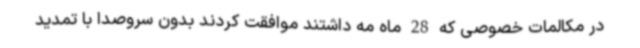
در مکالمات خصوصی که 28 ماه مه داشتند موافقت کردند بدون سروصدا با تمدید